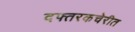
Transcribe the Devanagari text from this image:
दफ्तरकचेरीत